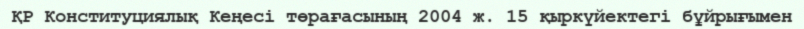
ҚР Конституциялық Кеңесі төрағасының 2004 ж. 15 қыркүйектегі бұйрығымен